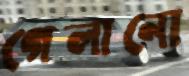
গেলানো